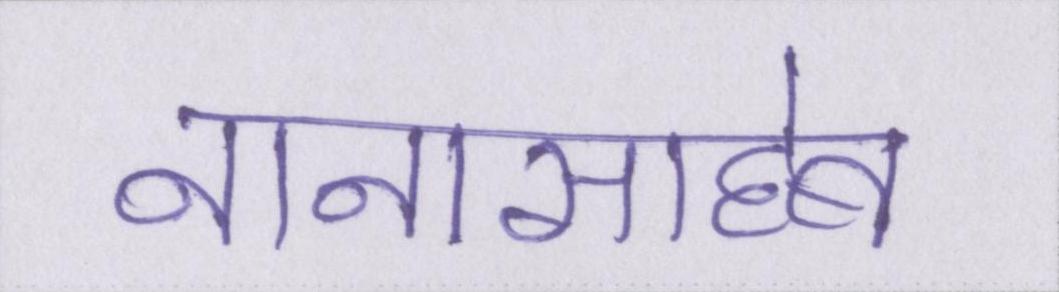
नानासाहेब